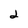
Character: 2